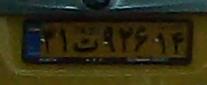
۳۱ت۹۶۲۱۴